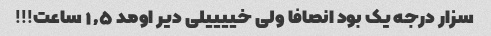
سزار درجه یک بود انصافا ولی خییییلی دیر اومد ۱٫۵ ساعت!!!